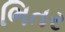
ભિતર